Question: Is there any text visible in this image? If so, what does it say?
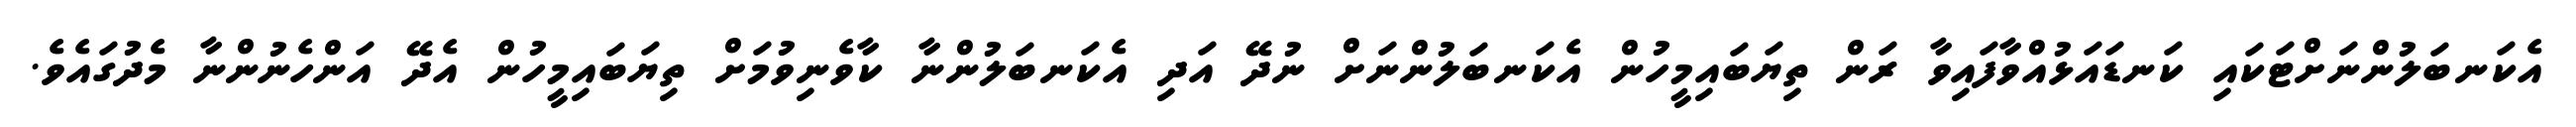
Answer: އެކަނބަލުންނަށްޓަކައި ކަނޑައަޅުއްވާފައިވާ ރަން ތިޔަބައިމީހުން އެކަނބަލުންނަށް ނުދޭ އަދި އެކަނބަލުންނާ ކާވެނިވުމަށް ތިޔަބައިމީހުން އެދޭ އަންހެނުންނާ މެދުގައެވެ.